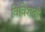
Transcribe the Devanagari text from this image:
विविंशती